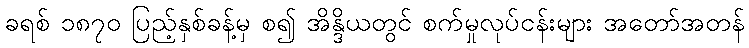
ခရစ် ၁၈၇၀ ပြည့်နှစ်ခန့်မှ စ၍ အိန္ဒိယတွင် စက်မှုလုပ်ငန်းများ အတော်အတန်